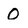
Character: 0